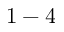
1 - 4